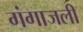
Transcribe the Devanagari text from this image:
गंगाजली